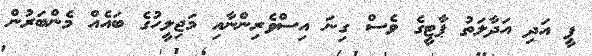
ޕީ އަދި އަދާލަތު ޕާޓީގެ ވެސް ގިނަ އިސްވެރިންނާއި މަޖިލީހުގެ ބައެއް މެންބަރުން